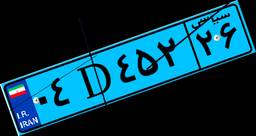
۰۴D۴۵۲۲۶